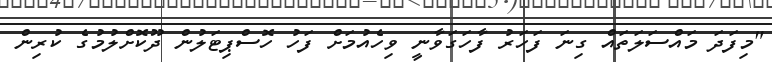
"މިފަދަ މައްސަލަތައް ގިނަ ފަހަރު ފާހަގަވާނީ ވިހެއުމަށް ފަހު ހޮސްޕިޓަލުން ދޫކޮށްލުމުގެ ކުރިން